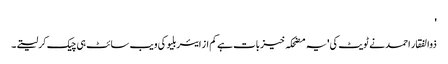
'
ذوالفقار احمد نے ٹویٹ کی 'یہ مضحکہ خیز بات ہے کم از ایئربلیو کی ویب سائٹ ہی چیک کرلیتے۔